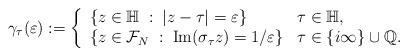
LaTeX: \begin{align*}\gamma_{\tau}(\varepsilon):=\left\{\begin{array}{ll} \{ z \in \mathbb{H} \; : \; |z-\tau| = \varepsilon \} & \tau \in \mathbb{H}, \\ \{ z \in \mathcal{F}_N \; : \; \mathrm{Im}(\sigma_{\tau}z) = 1/\varepsilon \} & \tau \in \{ i \infty\} \cup \mathbb{Q}.\end{array}\right.\end{align*}